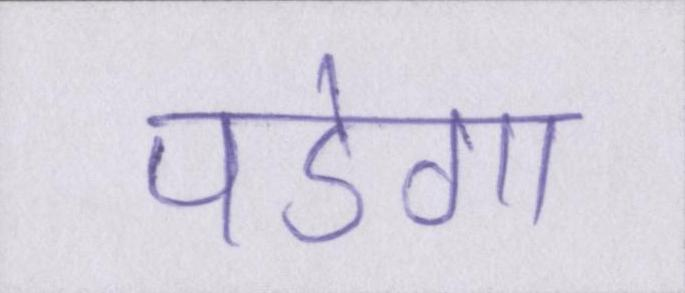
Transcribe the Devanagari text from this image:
पडेगा